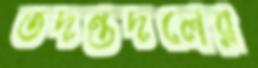
তদন্তদলের